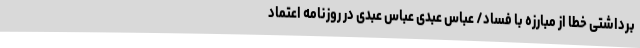
برداشتی خطا از مبارزه با فساد/ عباس عبدی عباس عبدی در روزنامه اعتماد